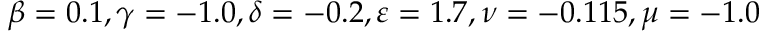
\beta = 0 . 1 , \gamma = - 1 . 0 , \delta = - 0 . 2 , \varepsilon = 1 . 7 , \nu = - 0 . 1 1 5 , \mu = - 1 . 0